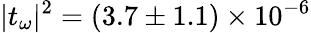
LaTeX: |t_{\omega}|^{2}=(3.7\pm 1.1)\times 10^{-6}